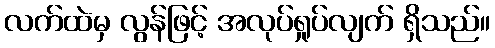
လက်ထဲမှ လွန်ဖြင့် အလုပ်ရှုပ်လျက် ရှိသည်။